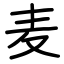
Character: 麦